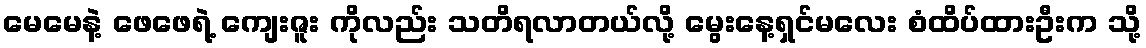
မေမေနဲ့ ဖေဖေရဲ့ ကျေးဇူး ကိုလည်း သတိရလာတယ်လို့ မွေးနေ့ရှင်မလေး စံထိပ်ထားဦးက သို့